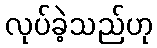
လုပ်ခဲ့သည်ဟု